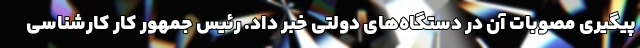
پیگیری مصوبات آن در دستگاه‌های دولتی خبر داد. رئیس جمهور کار کارشناسی